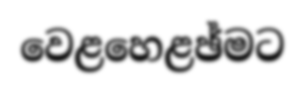
වෙළහෙළඡ්මට